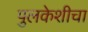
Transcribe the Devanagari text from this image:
पुलकेशीचा